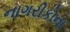
નાગરીકોના